Annual administration report of the Civil Veterinary Department of India - 1896-1897
Year: 1896
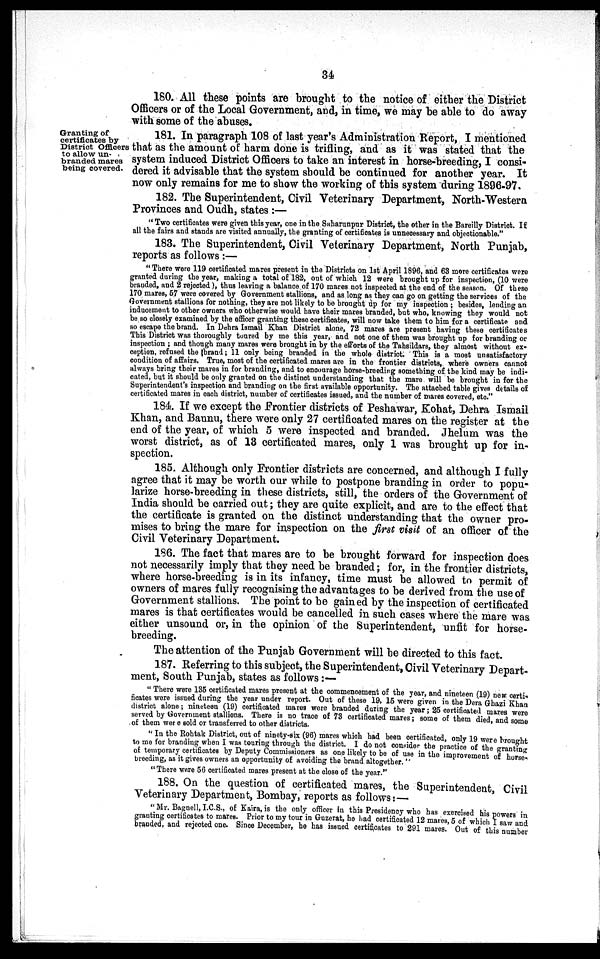
34
180. All these points are brought to the notice of either the District
Officers or of the Local Government, and, in time, we may be able to do away
with some of the abuses.
Granting of
certificates by
District Officers
to allow un-
branded mares
being covered.
181. In paragraph 108 of last year's Administration Report, I mentioned
that as the amount of harm done is trifling, and as it was stated that the
system induced District Officers to take an interest in horse-breeding, I consi-
dered it advisable that the system should be continued for another year. It
now only remains for me to show the working of this system during 1896-97.
182. The Superintendent, Civil Veterinary Department, North-Western
Provinces and Oudh, states:—
"Two certificates were given this year, one in the Saharunpur District, the other in the Bareilly District. If
all the fairs and stands are visited annually, the granting of certificates is unnecessary and objectionable."
183. The Superintendent, Civil Veterinary Department, North Punjab,
reports as follows:—
"There were 119 certificated mares present in the Districts on 1st April 1896, and 63 more certificates were
granted during the year, making a total of 182, out of which 12 were brought up for inspection, (10 were
branded, and 2 rejected ), thus leaving a balance of 170 mares not inspected at the end of the season. Of these
170 mares, 57 were covered by Government stallions, and as long as they can go on getting the services of the
Government stallions for nothing, they are not likely to be brought ùp for my inspection; besides, lending an
inducement to other owners who otherwise would have their mares branded, but who, knowing they would not
be so closely examined by the officer granting these certificates, will now take them to him for a certificate and
so escape the brand. In Dehra Ismail Khan District alone, 72 mares are present having these certificates
This District was thoroughly toured by me this year, and not one of them was brought up for branding or
inspection; and though many mares were brought in by the efforts of the Tahsildars, they almost without ex-
ception, refused the brand; 11 only being branded in the whole district. This is a most unsatisfactory
condition of affairs. True, most of the certificated mares are in the frontier districts, where owners cannot
always bring their mares in for branding, and to encourage horse-breeding something of the kind may be indi-
cated, but it should be only granted on the distinct understanding that the mare will be brought in for the
Superintendent's inspection and branding on the first available opportunity. The attached table gives details of
certificated mares in each district, number of certificates issued, and the number of mares covered, etc."
184. If we except the Frontier districts of Peshawar, Kohat, Dehra Ismail
Khan, and Bannu, there were only 27 certificated mares on the register at the
end of the year, of which 5 were inspected and branded. Jhelum was the
worst district, as of 13 certificated mares, only 1 was brought up for in-
spection.
185. Although only Frontier districts are concerned, and although I fully
agree that it may be worth our while to postpone branding in order to popu-
larize horse-breeding in these districts, still, the orders of the Government of
India should be carried out; they are quite explicit, and are to the effect that
the certificate is granted on the distinct understanding that the owner pro-
mises to bring the mare for inspection on the first visit of an officer of the
Civil Veterinary Department.
186. The fact that mares are to be brought forward for inspection does
not necessarily imply that they need be branded; for, in the frontier districts,
where horse-breeding is in its infancy, time must be allowed to permit of
owners of mares fully recognising the advantages to be derived from the use of
Government stallions. The point to be gained by the inspection of certificated
mares is that certificates would be cancelled in such cases where the mare was.
either unsound or, in the opinion of the Superintendent, unfit for horse-
breeding.
The attention of the Punjab Government will be directed to this fact.
187. Referring to this subject, the Superintendent, Civil Veterinary Depart-
ment, South Punjab, states as follows:—
"There were 135 certificated mares present at the commencement of the year, and nineteen (19) new certi-
ficates were issued during the year under report. Out of these 19, 15 were given in the Dera Ghazi Khan
district alone; nineteen (19) certificated mares were branded during the year; 25 certificated mares were
served by Government stallions. There is no trace of 73 certificated mares; some of them died, and some
of them were sold or transferred to other districts.
"In the Rohtak District, out of ninety-six (96) mares which had been certificated, only 19 were brought
to me for branding when I was touring through the district. I do not consider the practice of the granting
of temporary certificates by Deputy Commissioners as one likely to be of use in the improvement of horse-
breeding, as it gives owners an opportunity of avoiding the brand altogether."
"There were 56 certificated mares present at the close of the year."
188. On the question of certificated mares, the Superintendent, Civil
Veterinary Department, Bombay, reports as follows:—
"Mr. Bagnell, I.C.S., of Kaira, is the only officer in this Presidency who has exercised his powers in
granting certificates to mares. Prior to my tour in Guzerat, he had certificated 12 mares, 5 of which I saw and
branded, and rejected one. Since December, he has issued certificates to 291 mares. Out of this number